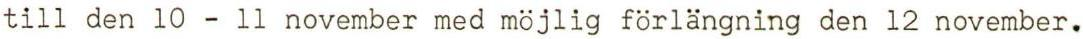
till den 10 - 11 november med möjlig förlängning den 12 november.